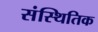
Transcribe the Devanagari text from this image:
संस्थितिक